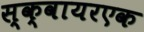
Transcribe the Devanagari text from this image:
स्क्वायरएक